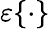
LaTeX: \varepsilon\{ \cdot\}